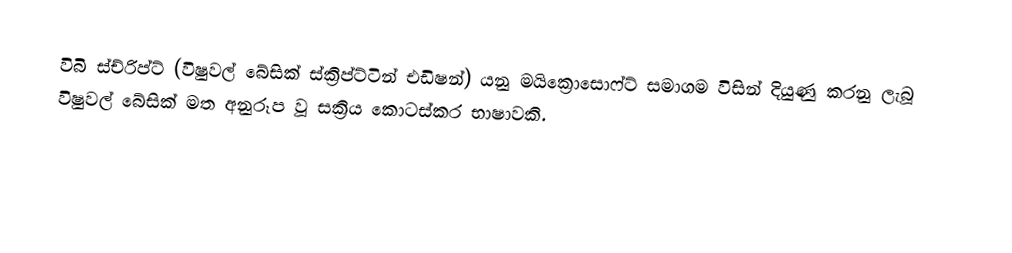
විබි ස්ච්රිප්ට් (විෂුවල් බේසික් ස්ක්‍රිප්ට්ටින් එඩිෂන්) යනු මයික්‍රොසොෆ්ට් සමාගම විසින් දියුණු කරනු ලැබූ විෂුවල් බේසික් මත අනුරූප වූ සක්‍රිය කොටස්කර භාෂාවකි.